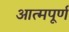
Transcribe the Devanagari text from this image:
आत्मपूर्ण